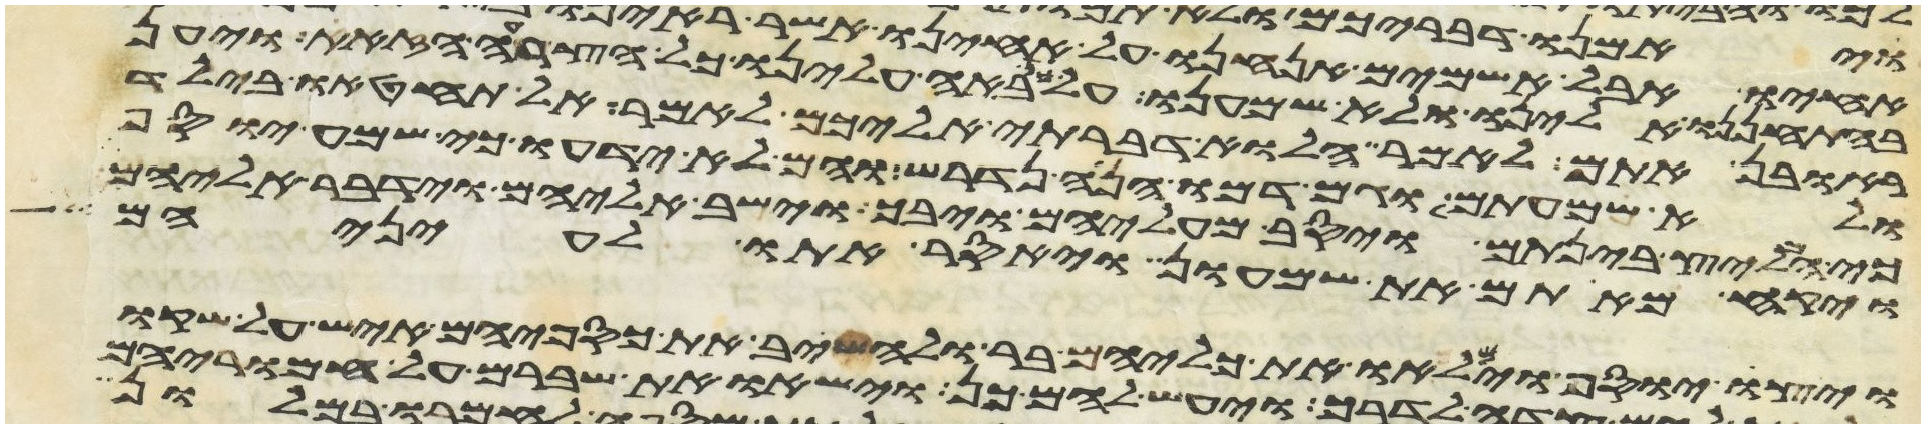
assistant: בהתחננו אלינו ולא שמענו על כן באה עלינו כל הצרה הזאת ויען
ראובן אתם לאמר הלוא דברתי אליכם לאמר אל תחטאו בילד
ולא שמעתים וגם דמו הנה נדרש והם לא ידעו כי שמע יוסף
כי המליץ בינתם ויסב מעליהם ויבך וישב אליהם וידבר אליהם
ויקח מאתם את שמעון ויאסר אתו לעיניהם
ויצו יוסף וימלאו את כליהם בר ולהשיב את כספיהם איש על שקו